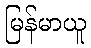
မြန်မာယူ